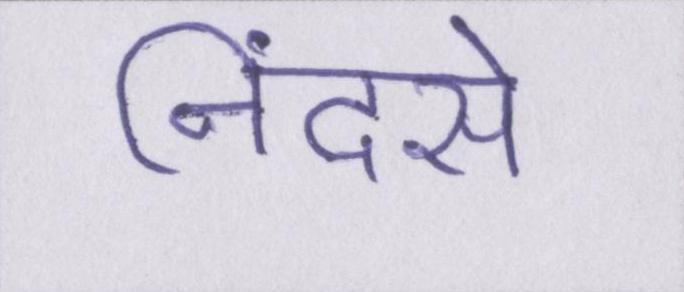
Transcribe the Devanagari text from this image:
निंदसे